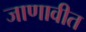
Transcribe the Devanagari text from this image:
जाणावीत